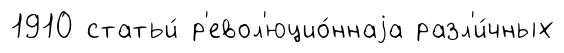
1910 статьи́ р'евол'юцио́ннаjа разл'и́чных